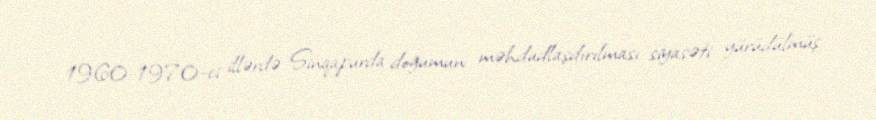
1960-1970-ci illərdə Sinqapurda doğumun məhdudlaşdırılması siyasəti yürüdülmüş